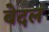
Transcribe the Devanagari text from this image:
बेदल